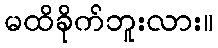
မထိခိုက်ဘူးလား။